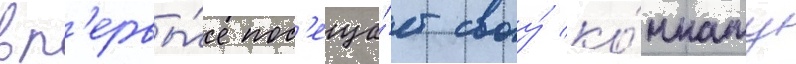
вп'ервы́е пос'еща́ет своу́ ко́мнату